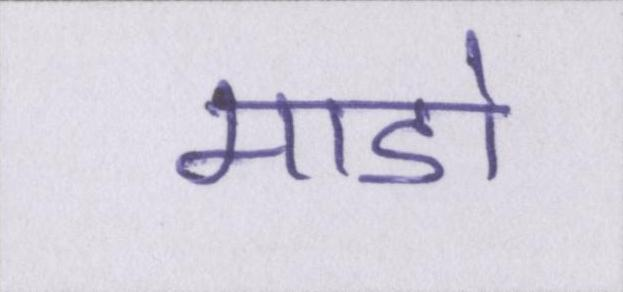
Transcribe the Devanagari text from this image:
माडो